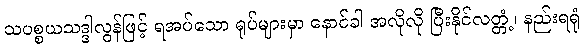
သပစ္စယသဒ္ဒါလွန်ဖြင့် ရအပ်သော ရုပ်များမှာ နောင်ခါ အလိုလို ပြီးနိုင်လတ္တံ့၊ နည်းရရုံ